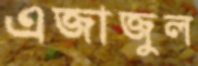
এজাজুল